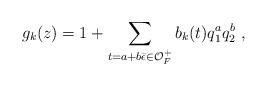
LaTeX: \begin{align*} g_k(z) = 1 + \sum_{t=a+b\bar\epsilon \in \mathcal{O}^{+}_{F}} b_k(t)q_{1}^aq_{2}^b \ ,\end{align*}